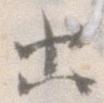
出